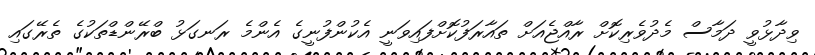
ވިދާޅުވީ ދަމާސް މެދުވެރިކޮށް ރާއްޖެއަށް ތައާރަފުކޮށްފައިވަނީ އެކުންފުނީގެ އެންމެ ރަނގަޅު ބްރޭންޑްތަކުގެ ތެރޭގައި